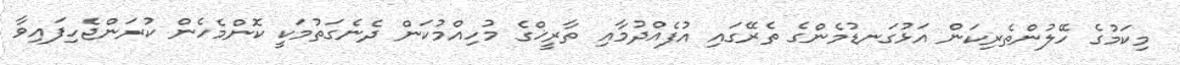
މިކަމުގެ ހޭލުންތެރިކަން އަޅުގަނޑުމެންގެ ތެރޭގައި އުފެއްދުމާއި ތާރީޚްގެ މުހިއްމުކަން ދެނެގަތުމަކީ ކޮންމެހެން ކުރަންޖެހިފައިވާ